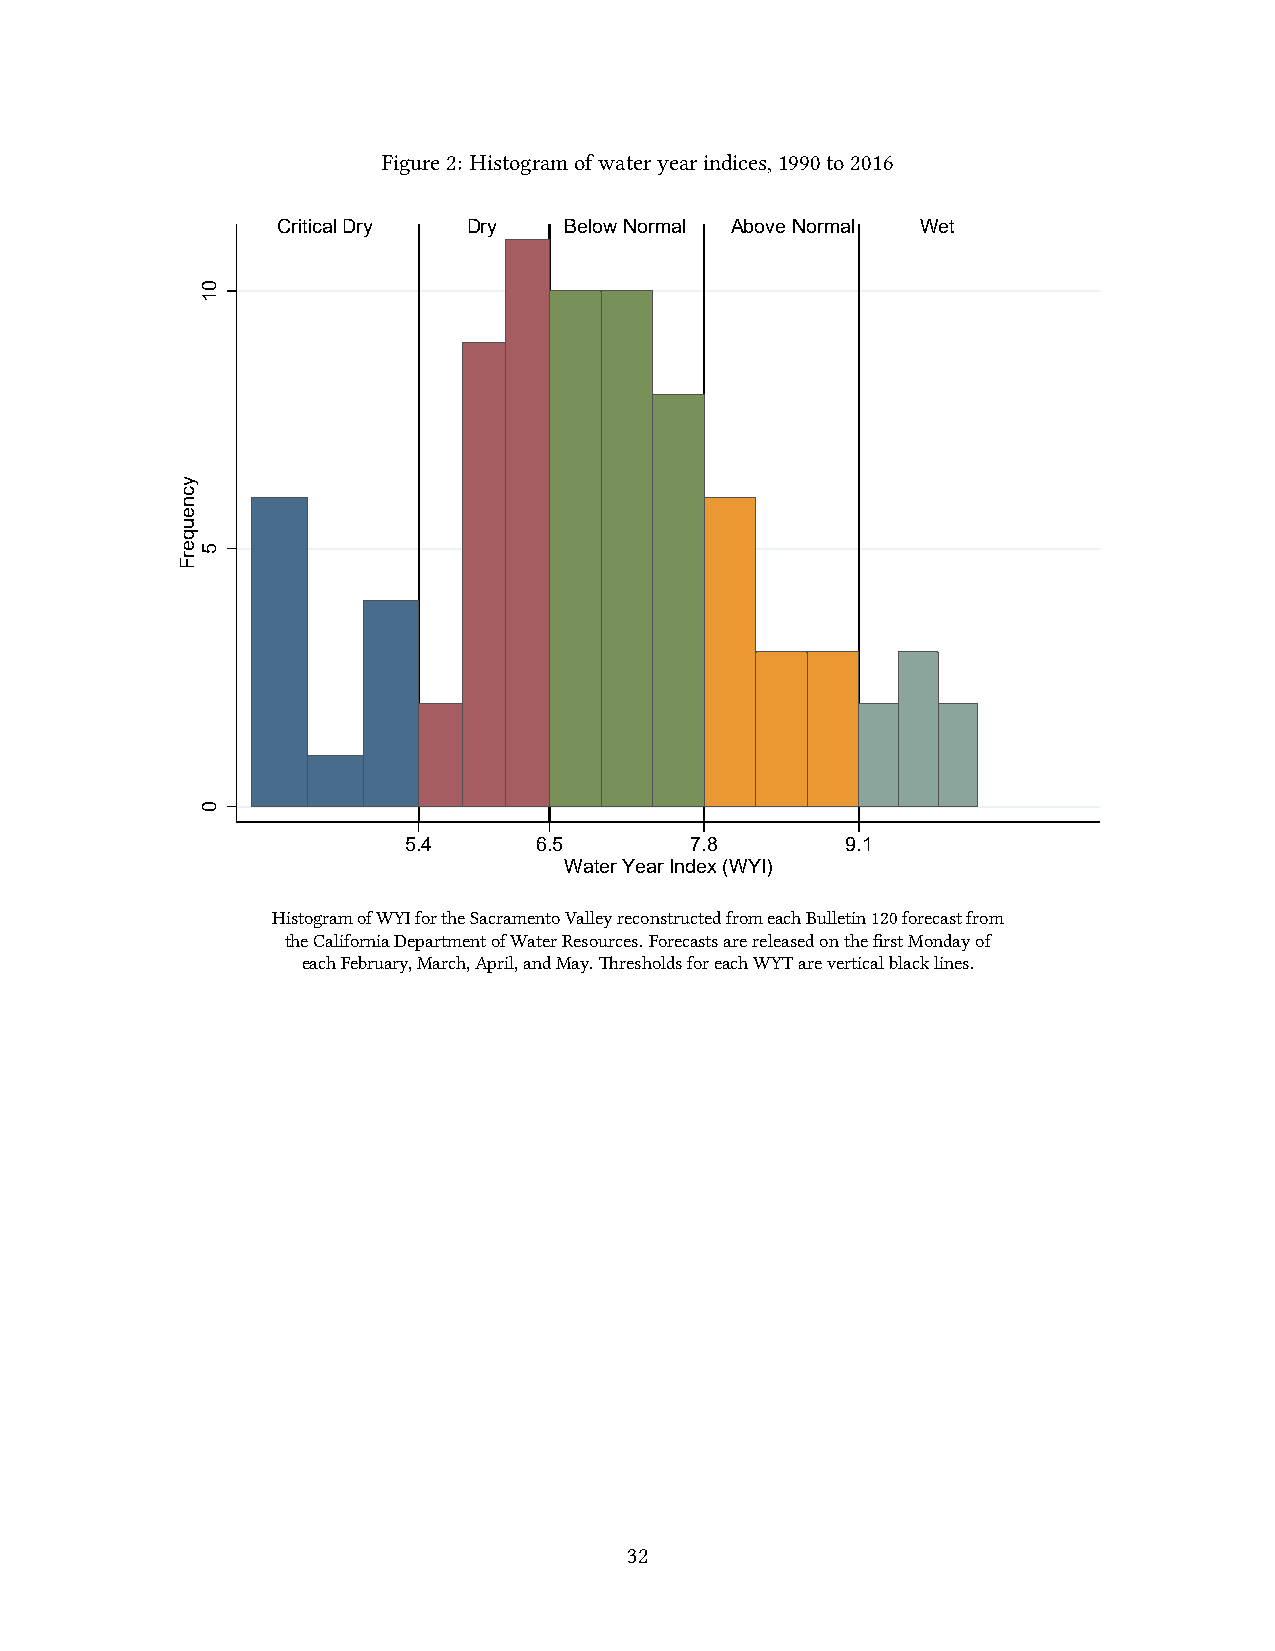
Figure2: Histogramofwateryearindices,1990to2016
 Critical Dry Dry   Below Normal Above Normal Wet
 5.4     6.5        7.8       9.1
 Water Year Index (WYI)
 HistogramofWYIfortheSacramentoValleyreconstructedfromeachBulletin120forecastfrom
 theCaliforniaDepartmentofWaterResources.ForecastsarereleasedonthefirstMondayof
 eachFebruary,March,April,andMay.ThresholdsforeachWYTareverticalblacklines.
 32
 ycneuqerF
 01
 5
 0